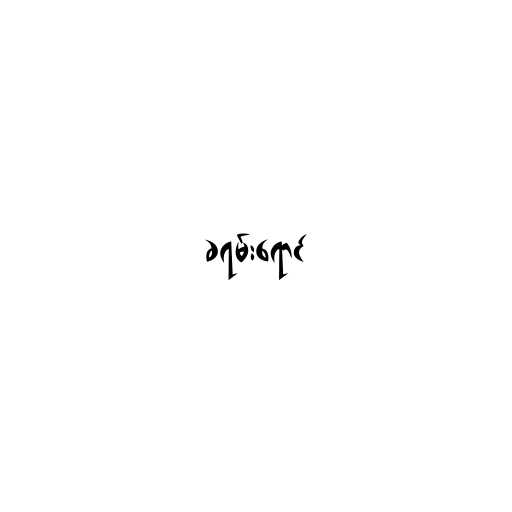
ခရမ်းရောင်